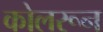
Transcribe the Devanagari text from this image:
कोलरून